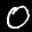
Label: 0